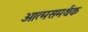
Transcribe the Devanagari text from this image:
आत्मसमर्थक